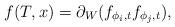
LaTeX: \begin{align*} f(T, x) = \partial_W( f_{\phi_i, t}f_{\phi_j, t}), \end{align*}